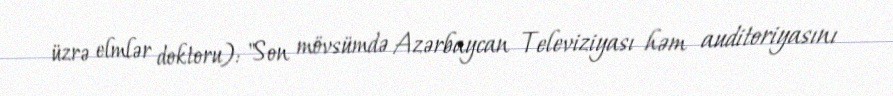
üzrə elmlər doktoru): "Son mövsümdə Azərbaycan Televiziyası həm auditoriyasını